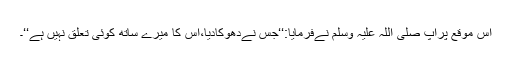
اس موقع پرآپ صلی اللہ علیہ وسلم نےفرمایا:‘‘جس نےدھوکادیا،اس کا میرے ساتھ کوئی تعلق نہیں ہے‘‘۔